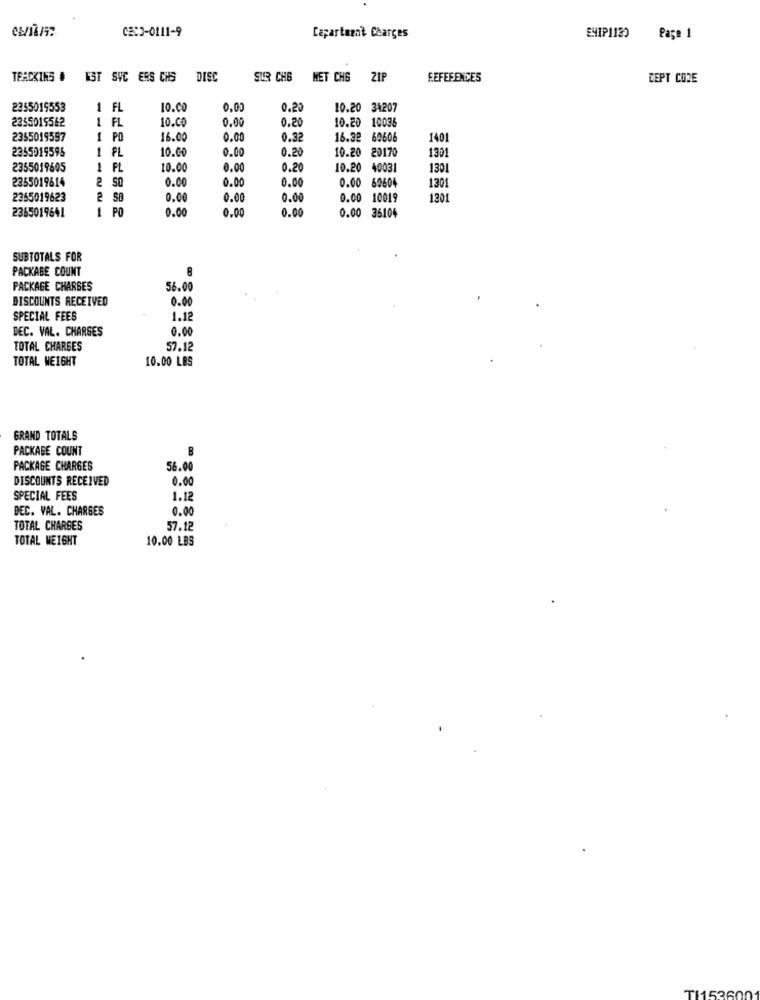
CECO-0111-9
Capartment Charges
SHIP1130 Page 1
TEACKINS #
KST SVC ERS CHS
DISC
SUR CHE
HET CHG
ZIP
REFERENCES
CEPT CORE
2355019553
1 FL
10.00
0.00
0.2
10.20 34207
2355015542
1
FL
10.00
0.00
0.20
10.20 10036
2355019597
1
PO
16.00
0.00
0.32
16.32 60606
1401
2355919595
1
PL
10.00
0.00
0.20
10.20 20170
1301
2355019605
1
PL
10.00
0.00
0.20
10.20 40031
1301
2355019614
2
SO
0.00
0.00
0.00
0.00 60604
1301
2355019623
2
58
0.00
0.0
0.00
0.00
10019
1301
2365019641
1
0.00
0.00
0.00
0.00 35104
SUBTOTALS FOR
PACKAGE COUNT
PACKAGE CHARGES
56.00
DISCOUNTS RECEIVED
0.00
SPECIAL FEES
1.12
DEC. VAL. CHARGES
0.00
TOTAL CHARGES
57.12
TOTAL WEIGHT
10.00 LBS
GRAND TOTALS
PACKAGE COUNT
B
PACKAGE CHARGES
56.00
DISCOUNTS RECEIVED
0.00
SPECIAL FEES
1.12
DEC. VAL. CHARGES
0.00
TOTAL CHARGES
57.12
TOTAL WEIGHT
10.00 LBS
TI1536